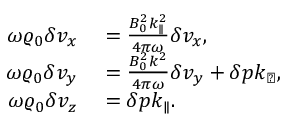
\begin{array} { r l } { \omega \varrho _ { 0 } \delta v _ { x } } & { { } = \frac { B _ { 0 } ^ { 2 } k _ { \parallel } ^ { 2 } } { 4 \pi \omega } \delta v _ { x } , } \\ { \omega \varrho _ { 0 } \delta v _ { y } } & { { } = \frac { B _ { 0 } ^ { 2 } k ^ { 2 } } { 4 \pi \omega } \delta v _ { y } + \delta p k _ { \perp } , } \\ { \omega \varrho _ { 0 } \delta v _ { z } } & { { } = \delta p k _ { \parallel } . } \end{array}